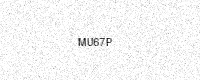
Text: MU67P